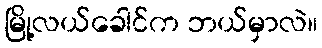
မြို့လယ်ခေါင်က ဘယ်မှာလဲ။